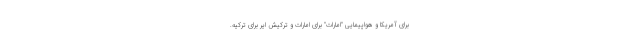
برای آمریکا و هواپیمایی "امارات" برای امارات و ترکیش ایر برای ترکیه.